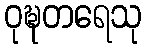
ဝုဍ္ဎတရေသု